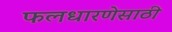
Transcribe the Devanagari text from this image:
फलधारणेसाठी